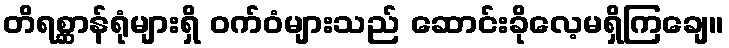
တိရစ္ဆာန်ရုံများရှိ ဝက်ဝံများသည် ဆောင်းခိုလေ့မရှိကြချေ။